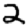
Digit: 2